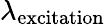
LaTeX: \lambda_{\textrm{excitation}}